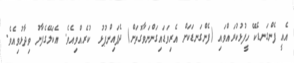
އެއީ ފެންގަނޑެކޭ ހީފުޅުކުރައްވައި (ފެންގަނޑަކަށް އެރިވަޑައިގަންނަވާގޮތަށް) ދެފައިންޕުޅު  ކުރެއްވިއެވެ. އެކަލޭގެފާނު ވިދާޅުވިއެވެ.